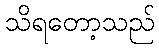
သိရတော့သည်